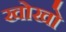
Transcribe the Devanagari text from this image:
खोखाे